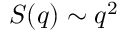
S ( q ) \sim q ^ { 2 }